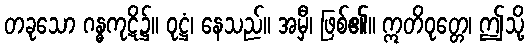
တခုသော ဂန္ဓကုဋိ၌။ ဝုဋ္ဌံ၊ နေသည်။ အမှီ၊ ဖြစ်၏။ ဣတိဝုတ္တေ၊ ဤသို့